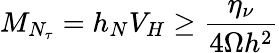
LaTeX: M_{N_{\tau}}=h_{N}V_{H}\geq\frac{\eta_{\nu}}{4\Omega h^{2}}